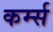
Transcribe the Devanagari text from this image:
कर्म्स